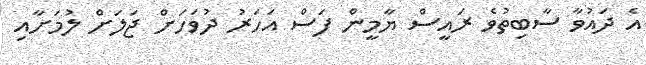
އެ ދައުވާ ސާބިތުވެ ރައީސް ޔާމީން ފަސް އަހަރު ދުވަހަށް ޖަލަށް ލުމަށާއި